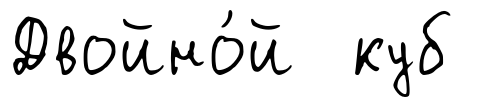
Двойно́й куб